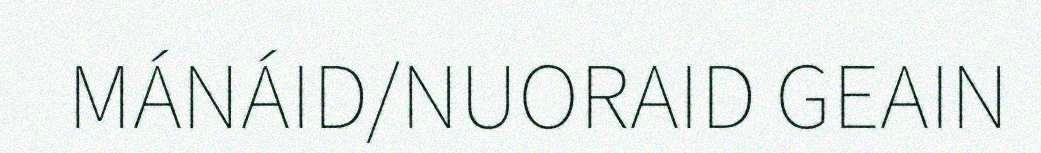
MÁNÁID/NUORAID GEAIN